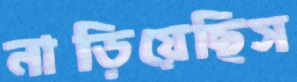
নাড়িয়েছিস